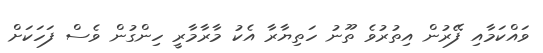
ވައްކަމާއި ފޭރުން އިތުރުވެ ތޫނު ހަތިޔާރާ އެކު މާރާމާރީ ހިންގުން ވެސް ފަހަކަށް